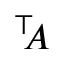
^ { \top } \! \! A